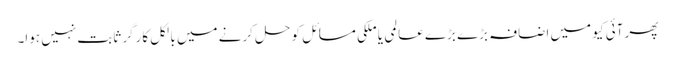
پھر آئی کیو میں اضافہ بڑے بڑے عالمی یا ملکی مسائل کو حل کرنے میں بالکل کارگر ثابت نہیں ہوا۔